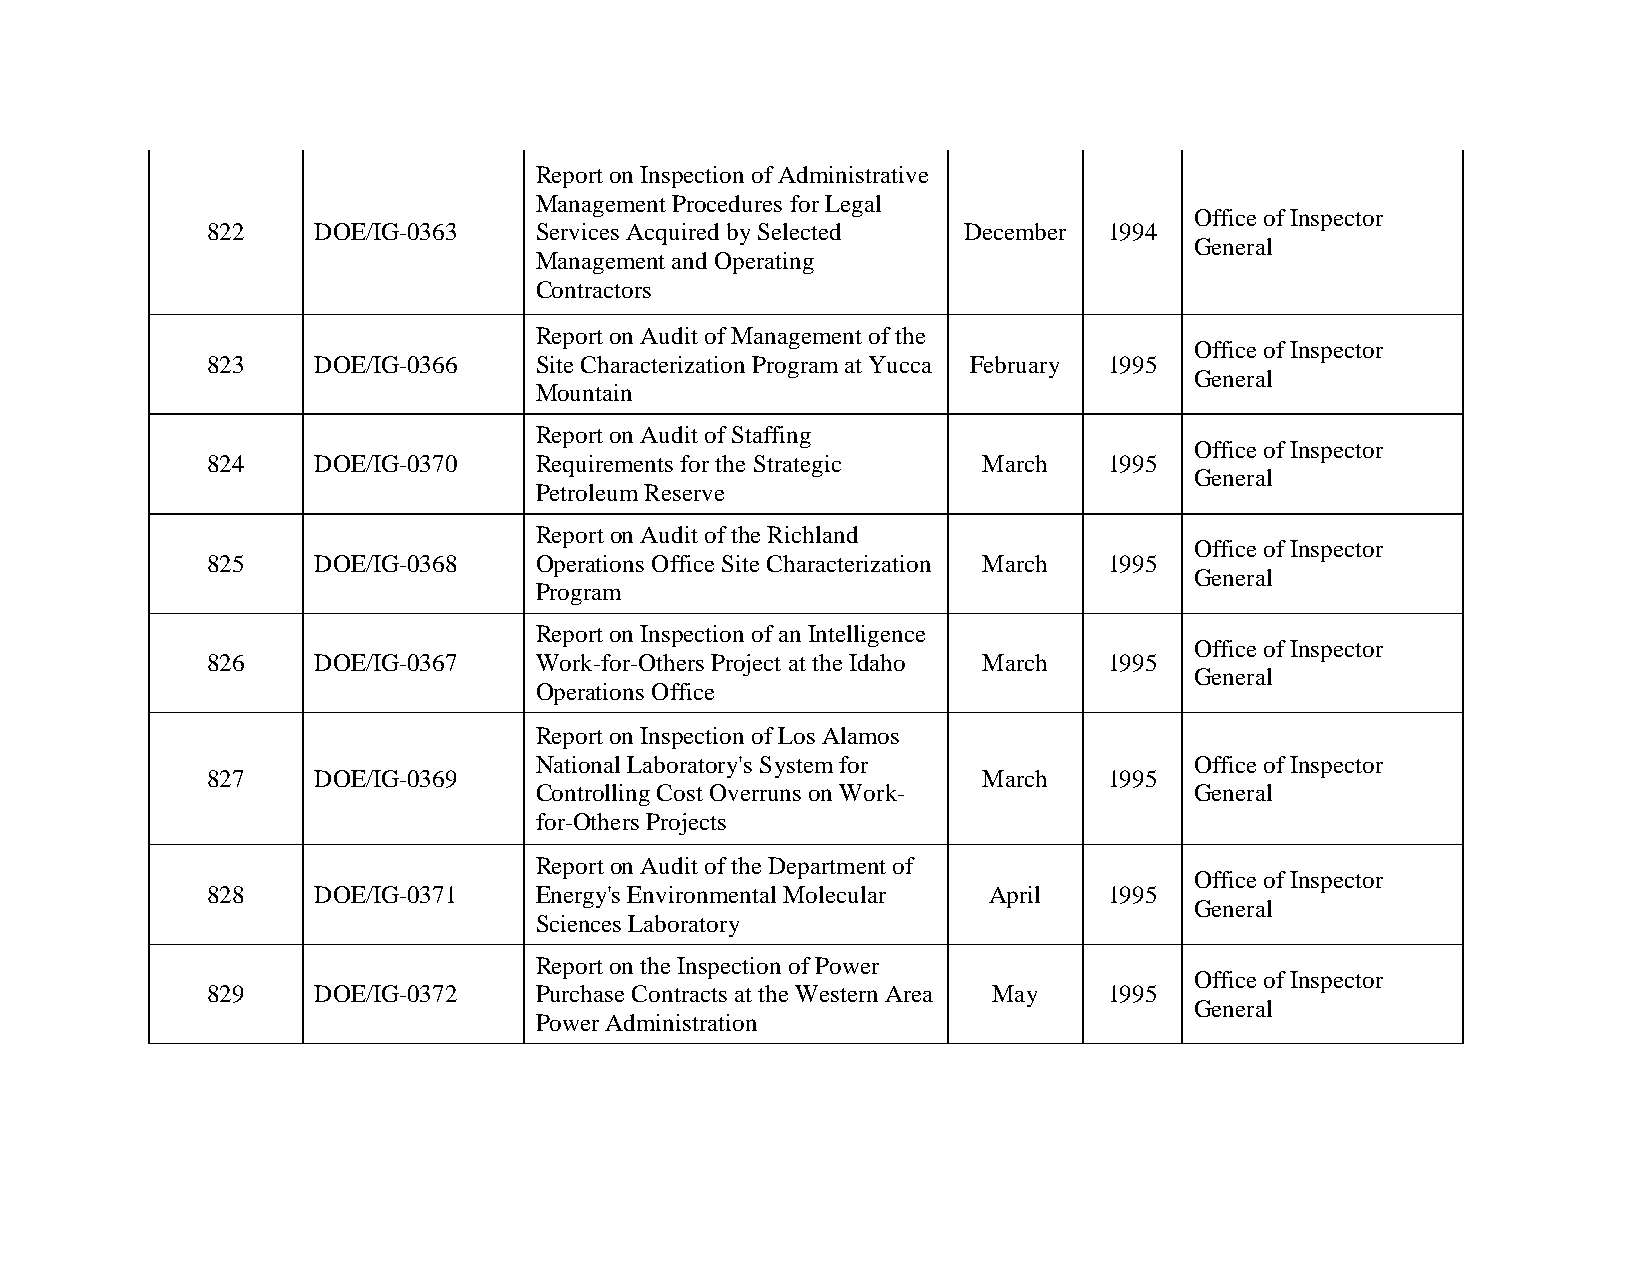
Report on Inspection of Administrative
 Management Procedures for Legal
 Office of Inspector
 822    DOE/IG-0363   Services Acquired by Selected December 1994
 General
 Management and Operating
 Contractors
 Report on Audit of Management of the
 Office of Inspector
 823    DOE/IG-0366   Site Characterization Program at Yucca February 1995
 General
 Mountain
 Report on Audit of Staffing
 Office of Inspector
 824    DOE/IG-0370   Requirements for the Strategic March  1995
 General
 Petroleum Reserve
 Report on Audit of the Richland
 Office of Inspector
 825    DOE/IG-0368   Operations Office Site Characterization March 1995
 General
 Program
 Report on Inspection of an Intelligence
 Office of Inspector
 826    DOE/IG-0367   Work-for-Others Project at the Idaho March 1995
 General
 Operations Office
 Report on Inspection of Los Alamos
 National Laboratory's System for            Office of Inspector
 827    DOE/IG-0369                                 March   1995
 Controlling Cost Overruns on Work-          General
 for-Others Projects
 Report on Audit of the Department of
 Office of Inspector
 828    DOE/IG-0371   Energy's Environmental Molecular April 1995
 General
 Sciences Laboratory
 Report on the Inspection of Power
 Office of Inspector
 829    DOE/IG-0372   Purchase Contracts at the Western Area May 1995
 General
 Power Administration